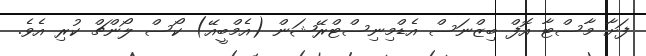
ފަށާ މާސްޓާ އޮފް ބިޒްނަސް އެޑްމިނިސްޓްރޭޝަން (އެމްބީއޭ) ކޯސް ލޯންޗް ކުރި އެވެ.